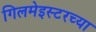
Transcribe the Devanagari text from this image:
गिलमेइस्टरच्या